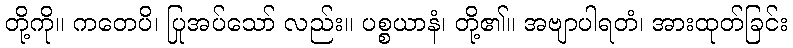
တို့ကို။ ကတေပိ၊ ပြုအပ်သော် လည်း။ ပစ္စယာနံ၊ တို့၏။ အဗျာပါရတံ၊ အားထုတ်ခြင်း